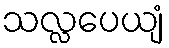
သလ္လပေယျံ